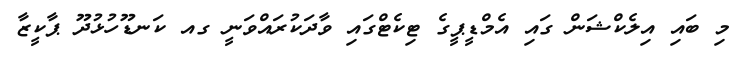
މި ބައި އިލެކްޝަން ގައި އެމްޑީޕީގެ ޓިކެޓްގައި ވާދަކުރައްވަނީ ގއ ކަނޑޫހުޅުދޫ ޕާކީޒާ